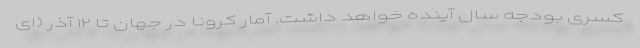
کسری بودجه سال آینده خواهد داشت. آمار کرونا در جهان تا ۱۲ آذر (ای